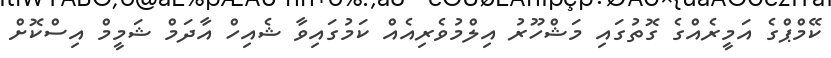
ކޭމްޕްގެ އަމީރެއްގެ ގޮތުގައި މަޝްހޫރު އިލްމުވެރިއެއް ކަމުގައިވާ ޝެއިހް އާދަމް ޝަމީމް އިސްކޮށް